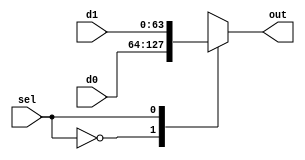
  module performance_mux_2to1_w64_ws1 ( 
d0,
 d1,
 sel,
 out);
input [63:0] d0;
input [63:0] d1;
input  sel;
output [63:0] out;

reg [63:0] out;
always  @(sel or d0 or d1)
begin
case (sel)
1'b0 : out = d0;
1'b1 : out = d1;
endcase
end

endmodule